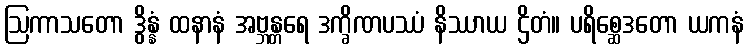
ဩကာသတော ဒွိန္နံ ထနာနံ အဗ္ဘန္တရေ ဒက္ခိဏပဿံ နိဿာယ ဌိတံ။ ပရိစ္ဆေဒတော ယကနံ